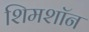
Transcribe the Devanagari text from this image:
शिमशॉन